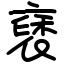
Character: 褎